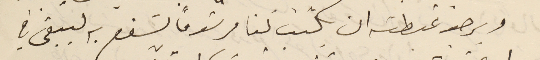
ويرجو غبطته ان يكتب لنا مرسَوماً يشفع به ليبقى في